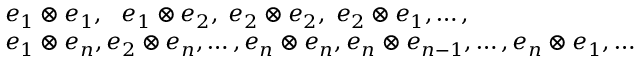
{ \begin{array} { r l } & { e _ { 1 } \otimes e _ { 1 } , \ \ e _ { 1 } \otimes e _ { 2 } , \; e _ { 2 } \otimes e _ { 2 } , \; e _ { 2 } \otimes e _ { 1 } , \ldots , } \\ & { e _ { 1 } \otimes e _ { n } , e _ { 2 } \otimes e _ { n } , \ldots , e _ { n } \otimes e _ { n } , e _ { n } \otimes e _ { n - 1 } , \ldots , e _ { n } \otimes e _ { 1 } , \ldots } \end{array} }